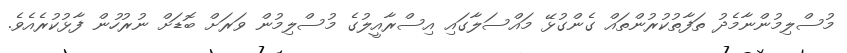
މުސްލިމުންނާމެދު ތަފާތުކުރުންތައް ގެންގުޅޭ މައްސަލާގައި އިސްރާއީލުގެ މުސްލިމުން ވަރަށް ބޮޑަށް ނުރުހުން ފާޅުކުރެއެވެ.